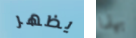
يظهر بهذا